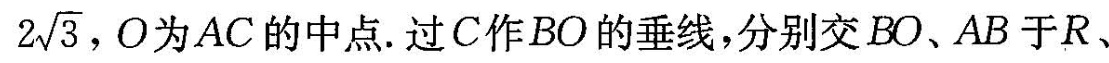
2 \sqrt { 3 }$$，O为AC的中点。过C作BO的垂线，分别交BO、AB于R、